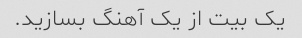
یک بیت از یک آهنگ بسازید.